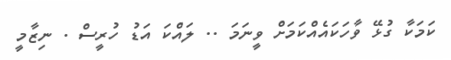
ކަމަކާ ގުޅޭ ވާހަކައެއްކަމަށް ވީނަމަ .. ލައްކަ އަޑު ހުރީސް . ނިޒާމީ